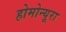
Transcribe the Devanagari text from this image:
होमोन्यूरा